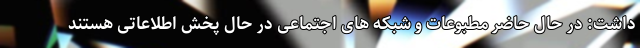
داشت: در حال حاضر مطبوعات و شبکه های اجتماعی در حال پخش اطلاعاتی هستند